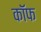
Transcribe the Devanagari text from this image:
कॉफ